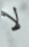
لا